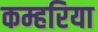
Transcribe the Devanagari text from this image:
कम्हरिया